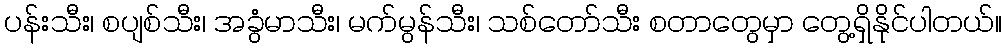
ပန်းသီး၊ စပျစ်သီး၊ အခွံမာသီး၊ မက်မွန်သီး၊ သစ်တော်သီး စတာတွေမှာ တွေ့ရှိနိုင်ပါတယ်။